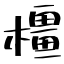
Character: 橿